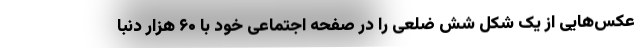
عکس‌هایی از یک شکل شش ضلعی را در صفحه اجتماعی خود با ۶۰ هزار دنبا